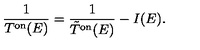
\frac { 1 } { T ^ { \mathrm { o n } } ( E ) } = \frac { 1 } { \tilde { T } ^ { \mathrm { o n } } ( E ) } - I ( E ) .